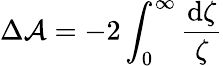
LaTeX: \Delta{\cal A}=-2\int_{0}^{\infty}\frac{\mathrm{d}\zeta}{\zeta}